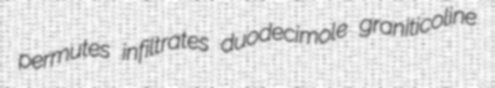
permutes infiltrates duodecimole graniticoline